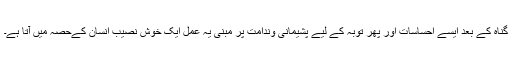
گناہ کے بعد ایسے احساسات اور پھر توبہ کے لیے پشیمانی وندامت پر مبنی یہ عمل ایک خوش نصیب انسان کےحصہ میں آتا ہے۔